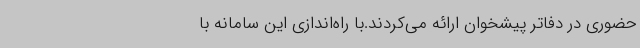
حضوری در دفاتر پیشخوان ارائه می‌کردند.با راه‌اندازی این سامانه با